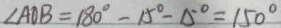
\angle A O B = 1 8 0 ^ { \circ } - 1 5 ^ { \circ } - 1 5 ^ { \circ } = 1 5 0 ^ { \circ }